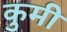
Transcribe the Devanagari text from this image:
कुमी